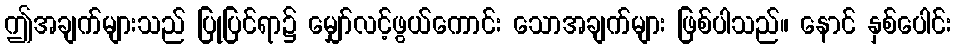
ဤအချက်များသည် ပြုပြင်ရာ၌ မျှော်လင့်ဖွယ်ကောင်း သောအချက်များ ဖြစ်ပါသည်။ နောင် နှစ်ပေါင်း